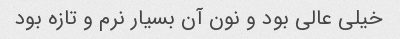
خیلی عالی بود و نون آن بسیار نرم و تازه بود